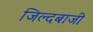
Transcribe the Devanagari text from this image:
जिल्दबाजी